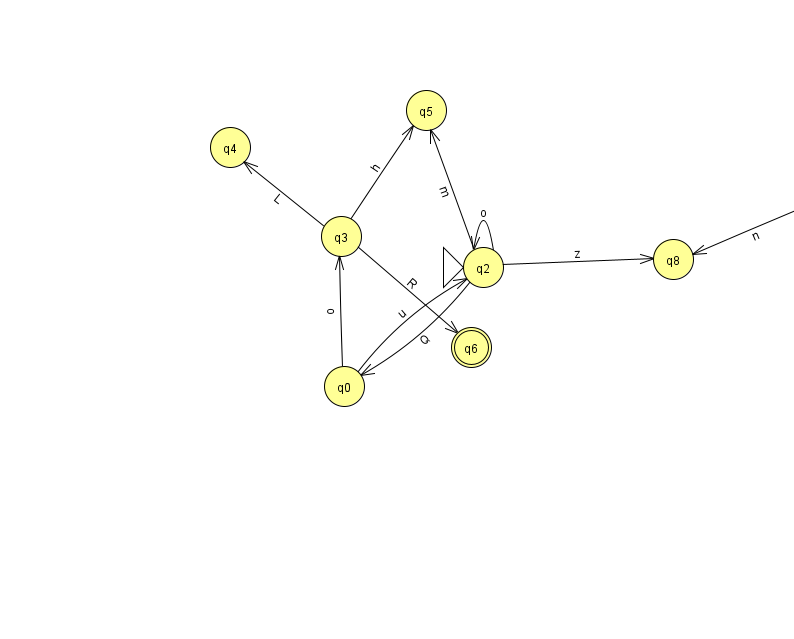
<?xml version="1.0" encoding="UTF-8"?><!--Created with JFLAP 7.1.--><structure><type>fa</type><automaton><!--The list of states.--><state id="0" name="q0"><x>344.0</x><y>373.0</y></state><state id="1" name="q1"><x>829.0</x><y>180.0</y></state><state id="2" name="q2"><x>483.0</x><y>254.0</y><initial/></state><state id="3" name="q3"><x>341.0</x><y>223.0</y></state><state id="4" name="q4"><x>230.0</x><y>134.0</y></state><state id="5" name="q5"><x>426.0</x><y>97.0</y></state><state id="6" name="q6"><x>471.0</x><y>334.0</y><final/></state><state id="7" name="q7"><x>878.0</x><y>50.0</y><final/></state><state id="8" name="q8"><x>673.0</x><y>246.0</y></state><!--The list of transitions.--><transition><from>0</from><to>2</to><read>u</read></transition><transition><from>2</from><to>5</to><read>m</read></transition><transition><from>2</from><to>0</to><read>Q</read></transition><transition><from>3</from><to>6</to><read>R</read></transition><transition><from>0</from><to>3</to><read>o</read></transition><transition><from>3</from><to>4</to><read>L</read></transition><transition><from>1</from><to>8</to><read>n</read></transition><transition><from>2</from><to>8</to><read>z</read></transition><transition><from>3</from><to>5</to><read>h</read></transition><transition><from>1</from><to>7</to><read>a</read></transition><transition><from>2</from><to>2</to><read>o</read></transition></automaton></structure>